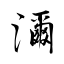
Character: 濔